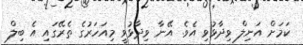
ކަމަށް އަނިލް ވިދާޅުވި އެވެ. އޭނާ ވިދާޅުވީ މިއަހަރުގެ ތެރޭގައި އެ ބިލް